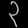
Digit: ၃